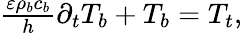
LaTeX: \begin{array}{r}{\frac{\varepsilon\rho_{b}c_{b}}{h}\partial_{t}T_{b}+T_{b}=T_{t},}\end{array}